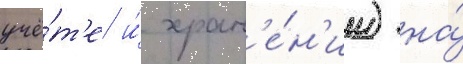
учё́т'е и́ хран'е́н'ии) на́